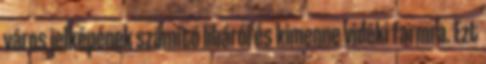
város jelképének számító libáról és kimenne vidéki farmra. Ezt